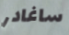
ساغادر